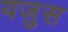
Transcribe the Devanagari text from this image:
यजुस